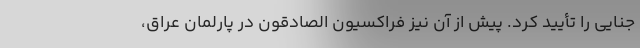
جنایی را تأیید کرد. پیش از آن نیز فراکسیون الصادقون در پارلمان عراق،